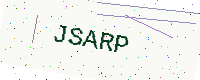
Text: JSARP